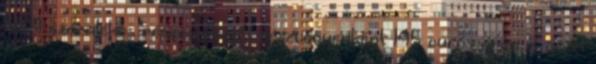
56,4 százalékos részesedését, részvényenként 145 eurós áron, s ezzel